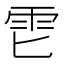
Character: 𱁑